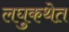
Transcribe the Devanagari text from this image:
लघुकथेत